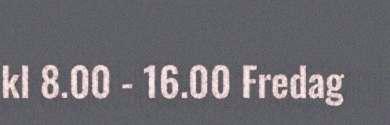
kl 8.00 - 16.00 Fredag